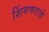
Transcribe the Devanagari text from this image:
शिंगणराजे